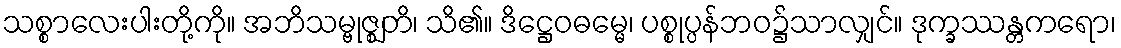
သစ္စာလေးပါးတို့ကို။ အဘိသမ္ဗုဇ္ဈတိ၊ သိ၏။ ဒိဋ္ဌေဝဓမ္မေ၊ ပစ္စုပ္ပန်ဘဝ၌သာလျှင်။ ဒုက္ခဿန္တကရော၊